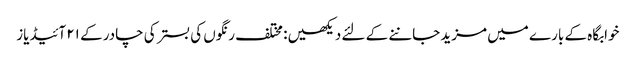
خوابگاہ کے بارے میں مزید جاننے کے لئے دیکھیں: مختلف رنگوں کی بستر کی چادر کے ۲۱ آئیڈیاز